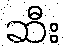
ဆီး